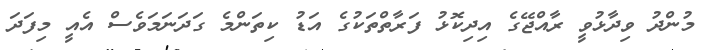
މުންދު ވިދާޅުވީ ރާއްޖޭގެ އިދިކޮޅު ފަރާތްތަކުގެ އަޑު ކިތަންމެ ގަދަނަމަވެސް އެއީ މިފަދަ